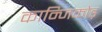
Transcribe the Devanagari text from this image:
कान्जिकोड़